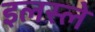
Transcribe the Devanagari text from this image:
इलस्ले